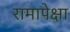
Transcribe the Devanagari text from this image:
रामापेक्षा